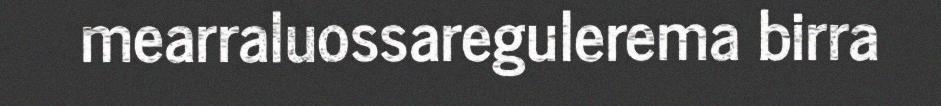
mearraluossaregulerema birra